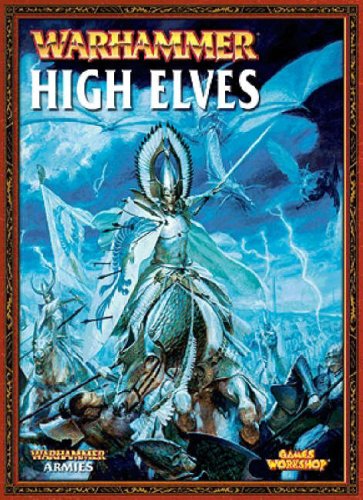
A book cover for Warhammer Armies High Elves; Adam Troke; Science Fiction & Fantasy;